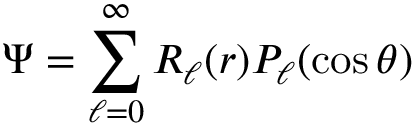
\Psi = \sum _ { \ell = 0 } ^ { \infty } R _ { \ell } ( r ) P _ { \ell } ( \cos \theta )